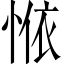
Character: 𱞣